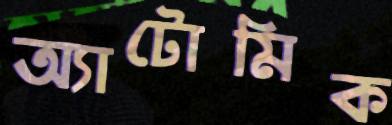
অ্যাটোমিক